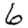
Digit: 6